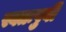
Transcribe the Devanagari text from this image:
स्वतःपुर्वी